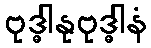
ဗုဒ္ဓါနုဗုဒ္ဓါနံ